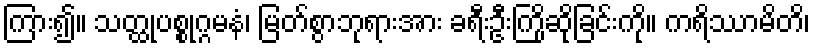
ကြား၍။ သတ္ထုပစ္စုဂ္ဂမနံ၊ မြတ်စွာဘုရားအား ခရီးဦးကြိုဆိုခြင်းကို။ ကရိဿာမိတိ၊